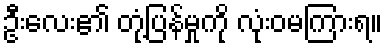
ဦးလေး၏ တုံ့ပြန်မှုကို လုံးဝမကြားရ။